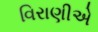
વિરાણીએ